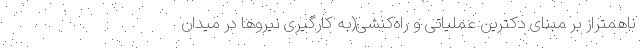
ناهمتراز بر مبنای دکترین عملیاتی و راه‌کنشی(به کارگیری نیروها در میدان